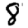
Digit: 8